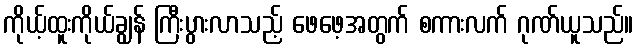
ကိုယ့်ထူးကိုယ်ချွန် ကြီးပွားလာသည့် ဖေဖေ့အတွက် စကားလက် ဂုဏ်ယူသည်။